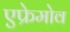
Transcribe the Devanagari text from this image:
एफ्रेमोव